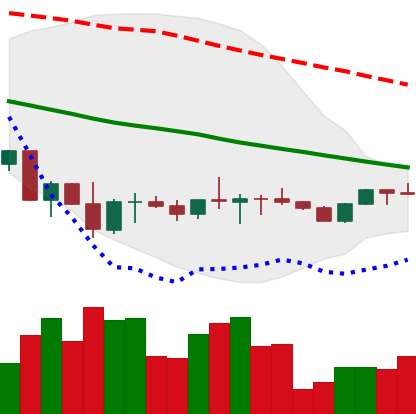
Ticker: ETH-USD
Chart end date: 2022-10-06
Forward return: -5.337%
Label: down_5_7